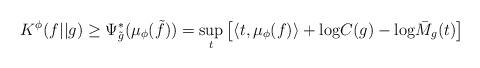
LaTeX: \begin{align*}K^\phi(f||g) \geq \Psi^*_{\tilde{g}}(\mu_\phi(\tilde{f})) = \sup_{t} \left[ \langle t, \mu_\phi(f) \rangle + {\rm log}C(g) - {\rm log} \bar{M}_g(t) \right]\end{align*}